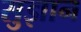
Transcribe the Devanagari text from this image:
सुज्ञान